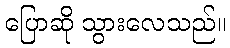
ပြောဆို သွားလေသည်။